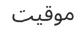
موقيت